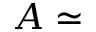
A \simeq